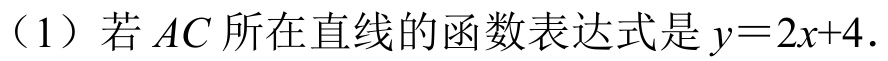
（1）若\(AC\)所在直线的函数表达式是\(y = 2x + 4\).